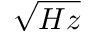
\sqrt { H z }